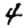
Digit: 4